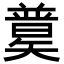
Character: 𥐄